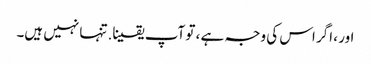
اور ، اگر اس کی وجہ ہے ، تو آپ یقینا. تنہا نہیں ہیں۔